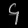
Digit: ၄